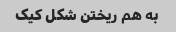
به هم ریختن شکل کیک